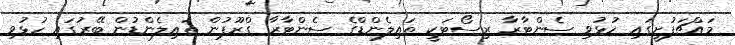
މައްޗަފުށީގައި ހުޅުވި ސެންޓާރާ ރިސޯޓަކީ ތައިލެންޑްގެ ސެންޓާރާ ގްރޫޕުން ތައިލެންޑުން ބޭރުގައި ހުޅުވި